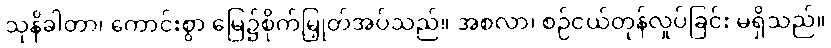
သုနိခါတာ၊ ကောင်းစွာ မြေ၌စိုက်မြှုတ်အပ်သည်။ အစလာ၊ စဉ်ငယ်တုန်လှုပ်ခြင်း မရှိသည်။